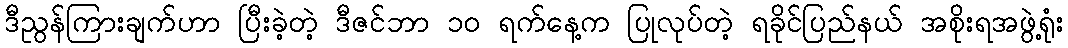
ဒီညွန်ကြားချက်ဟာ ပြီးခဲ့တဲ့ ဒီဇင်ဘာ ၁၀ ရက်နေ့က ပြုလုပ်တဲ့ ရခိုင်ပြည်နယ် အစိုးရအဖွဲ့ရုံး